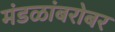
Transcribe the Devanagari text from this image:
मंडळांबरोबर